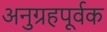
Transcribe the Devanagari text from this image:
अनुग्रहपूर्वक